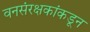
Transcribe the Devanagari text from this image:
वनसंरक्षकांकडून